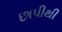
છાપીથી